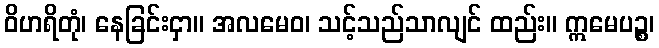
ဝိဟရိတုံ၊ နေခြင်းငှာ။ အလမေဝ၊ သင့်သည်သာလျင် ထည်း။ ဣမေပဉ္စ၊